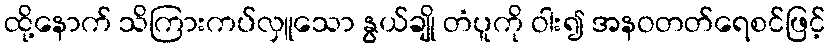
ထို့နောက် သိကြားကပ်လှူသော နွယ်ချို တံပူကို ဝါး၍ အနဝတတ်ရေစင်ဖြင့်